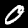
Digit: 0